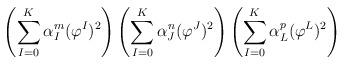
LaTeX: \begin{align*}\left(\sum_{I=0}^K\alpha_I^m(\varphi^I)^2\right)\left(\sum_{I=0}^K\alpha_J^n(\varphi^J)^2\right)\left(\sum_{I=0}^K\alpha_L^p(\varphi^L)^2\right)\end{align*}